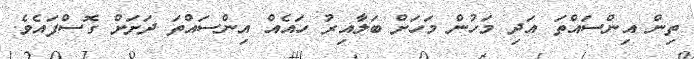
ތިން އިންސައްތަ އަދި މަހުން މަހަށް ބަލާއިރު ހައެއް އިންސައްތަ ދަށަށް ގޮސްފައެވެ.